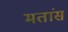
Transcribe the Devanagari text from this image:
मतांस